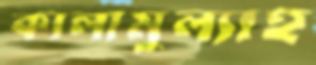
কালামুল্যাহ